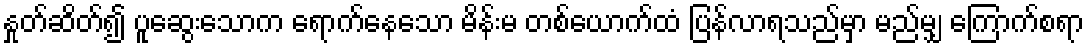
နှုတ်ဆိတ်၍ ပူဆွေးသောက ရောက်နေသော မိန်းမ တစ်ယောက်ထံ ပြန်လာရသည်မှာ မည်မျှ ကြောက်စရာ